Lunatic asylums Madras 1892-1911 - 1892-1911
Year: 1892
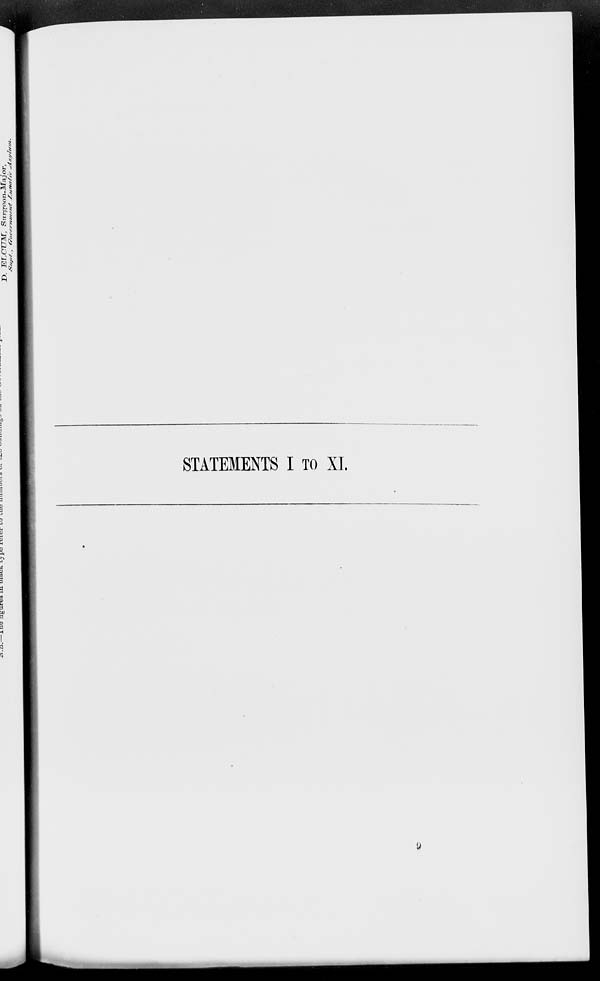
STATEMENTS I TO XI.
9